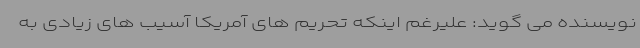
نویسنده می گوید: علیرغم اینکه تحریم های آمریکا آسیب های زیادی به